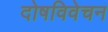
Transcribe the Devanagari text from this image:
दोषविवेचन